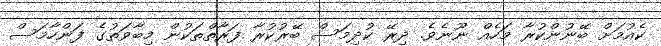
ކެއުމަށް ބޭނުންކުރާ މަހެއް ނޫނެވެ. ދިރޭ ކުދިމަސް ބޭރުކުރާ ފަރާތްތަކުން މިބާވަތުގެ ފަންހާމަސް